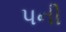
પની